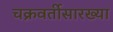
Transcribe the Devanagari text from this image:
चक्रवर्तीसारख्या